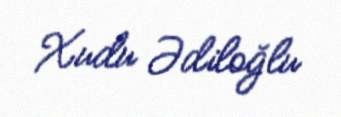
Xudu Ədiloğlu